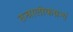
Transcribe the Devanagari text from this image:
तन्त्रालोकग्रन्थं